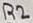
Text: R2